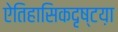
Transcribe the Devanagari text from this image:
ऐतिहासिकदृष्टय़ा